King Institute of Preventive Medicine Micro-Biological Section reports 1912-19
Year: 1912
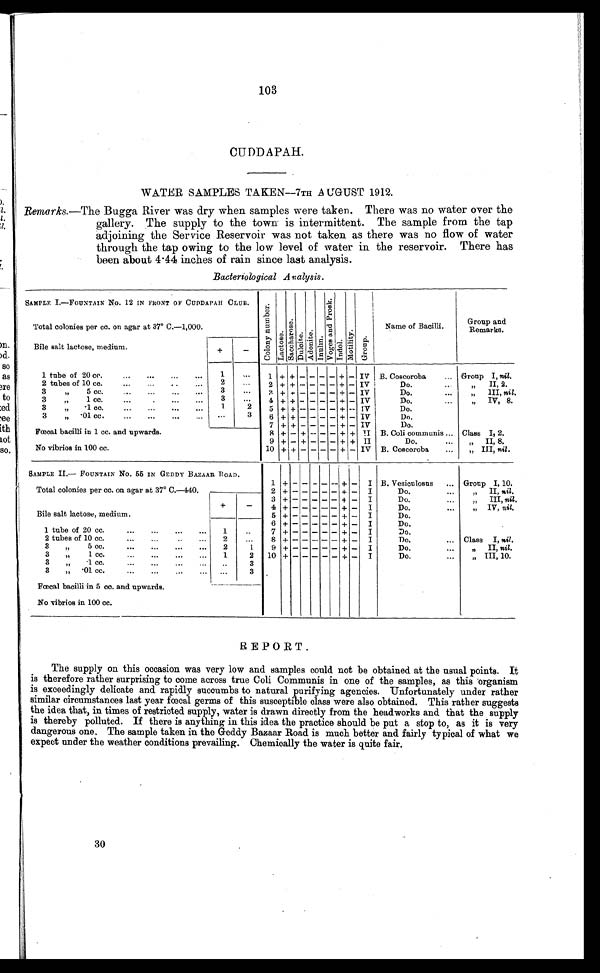
103
CUDDAPAH.
WATER SAMPLES TAKEN—7TH 9 AUGUST 1912.
Remarks .—The Bugga River was dry when samples were taken. There was no water over the
gallery. The supply to the town is intermittent. The sample from the tap
adjoining the Service Reservoir was not taken as there was no flow of water
through the tap owing to the low level of water in the reservoir. There has
been about 4.44 inches of rain since last analysis.
Bacteriological Aralysis.
SAMPLE I.—FOUNTAIN No. 12 IN FRONT OF CUDDAPAH CLUB.
Total colonies per cc. on agar at 37° C.—1,000.
C o l o n y n u mb e r .
L a c t o s e .
S a c c h a r o s e .
Dul c i t e. Adoni t e. I nul i n.
V o g e s a n d P r o s k .
Indol.
Mot i l i t y. Gr oup.
Name of Bacilli.
Group and
Remarks.
Bile salt lactose, medium.
+
_
1 tube of 20 cc.
...
...
1
,..
1 + + -
- - - +
-
IV B. Coscoroba
Group I, nil.
2 tubes of 10 cc.
...
..
..
...
2
...
2 + + -
- - - +
- IV
Do.
,,
II, 2.
3
,,
5 cc.
...
...
...
3
3 + + -
- - - +
- IV Do.
...
,,
II, nil.
3
,,
1 cc.
...
.
...
...
3
-
4
+ + - - - -
+ - IV
Do.
„
IV, 8.
3
,,
. 1 cc.
1
2
5 + + - - - - +
-
A V
Do.
3
,,
.01 cc.
...
••
...
...
•••
3
6 + + -
- - - +
- IV
Do.
7 + + — - - - +
- IV
Do.
Fœcal bacilli in 1 cc. and upwards.
8 + - + - - - + + II B. Coli communise ... Class I, 2.
9
+ - + - - - + + II
Do.
...
„
II, 8.
No vibrios in 100 cc.
10 + + -
- -
- +
- IV B. Coscoroba
...
„ III, nil .
SAMPLE II.— FOUNTAIN No. 55 IN GEDDY BAZAAR ROAD.
1 + - - - - - +
- I B. Vesiculosus
... Group I, 10.
Total colonies per cc. on agar at 37° C.—440.
2 + - -
- - -
+ - I
Dog...
,,
II, nil.
3 + - -
- - -
+ - I
Do.
...
„
III, nil .
+
-
4
+ - -
- - -
+ -
I
Do,
...
,, IV, nil.
Bile salt lactose, medium.
5 + - -
- - -
+ - I
Do.
6
+ - -
- - -
+ -
I
Do.
1 tube of 20 cc.
...
...
...
...
1
..
7 + - -
- - -
+ -
I
Do.
2 tubes of 10 cc.
...
...
..
...
2
8
+ - -
- - -
+ -
I
Do.
... Class I, nil .
3
„
5 cc.
..
...
...
..
2
1
9
+ -
- - -
-
+ -
I
Do.
...
,,
II, nil.
3
„
1 cc.
...
...
..
..
1
2
10 + - -
- - -
+ - I
Do.
...
„ III, 10.
3
,,
.1 cc. ... ... ... ...
..
3
3
„
.01 cc.
...
...
...
...
...
3
Fœcal bacilli in 5 cc. and upwards.
No vibrios in 100 cc.
REPORT.
The supply on this occasion was very low and samples could not be obtained at the usual points. It
is therefore rather surprising to come across true Coli Communis in one of the samples, as this organism
is exceedingly delicate and rapidly succumbs to natural purifying agencies. Unfortunately under rather
si mi l ar ci r cumst ances l ast year f œcal ger ms of t hi s suscept i bl e cl ass wer e al so obt ai ned. Thi s r at her suggest s
the idea that, in times of restricted supply, water is drawn directly from the headworks and t ĥat the supply
is thereby polluted. If there is anything in this idea the practice should be put a stop to, as it is very
dangerous one. The sample taken in the Geddy Bazaar Road is much better and fairly typical of what we
expect under the weather conditions prevailing. Chemically the water is quite fair.